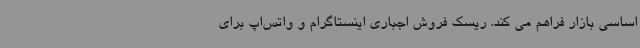
اساسی بازار فراهم می کند. ریسک فروش اجباری اینستاگرام و واتس‌اپ برای